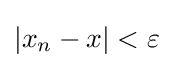
|x_{n}-x|<\varepsilon